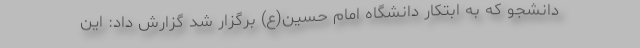
دانشجو که به ابتکار دانشگاه امام حسین(ع) برگزار شد گزارش داد: این